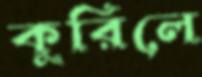
কুরিলে